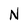
Character: N